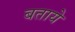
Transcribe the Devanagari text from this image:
बतायेे